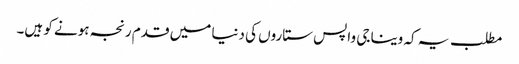
مطلب یہ کہ وینا جی واپس ستاروں کی دنیا میں قدم رنجہ ہونے کو ہیں۔